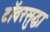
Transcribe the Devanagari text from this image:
टॉवरसुद्धा